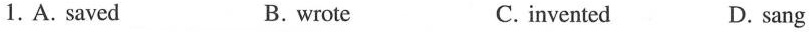
1.A. Saved B.wrote C. invented D. sang